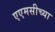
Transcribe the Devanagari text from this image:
एएमसीच्या